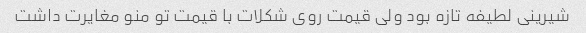
شیرینی لطیفه تازه بود ولی قیمت روی شکلات با قیمت تو منو مغایرت داشت